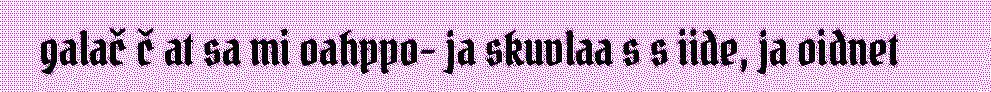
galač č at sa mi oahppo- ja skuvlaa s s iide, ja oidnet